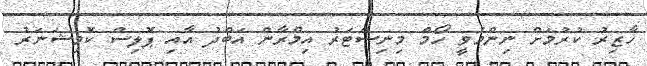
ހާޒިރު ކުރުމަށް ނިންމެވީ ހޯމް މިނިސްޓަރު އިމްރާން އަބްދު އާއި ޕޮލިސް ކޮމިޝަނަރު